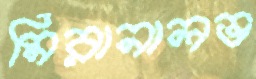
মিরানালভ